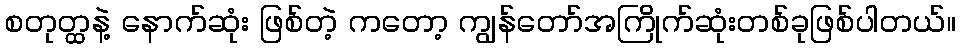
စတုတ္ထနဲ့ နောက်ဆုံး ဖြစ်တဲ့ ကတော့ ကျွန်တော်အကြိုက်ဆုံးတစ်ခုဖြစ်ပါတယ်။